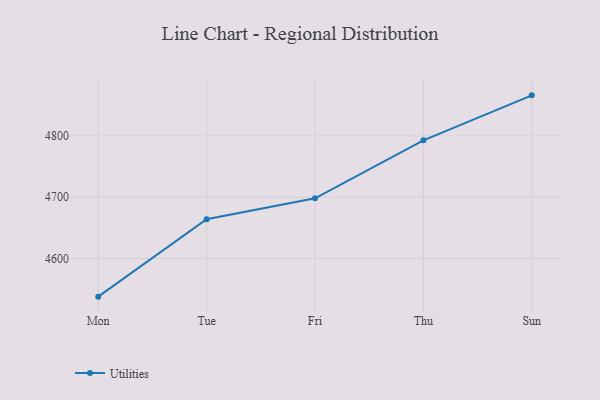
{"axis": {"x": "Day", "y": "Operating Costs (USD K)"}, "legend": ["Utilities"], "data": [{"x": "Mon", "y": 4537.6, "type": "Utilities"}, {"x": "Tue", "y": 4664.0, "type": "Utilities"}, {"x": "Fri", "y": 4698.2, "type": "Utilities"}, {"x": "Thu", "y": 4792.8, "type": "Utilities"}, {"x": "Sun", "y": 4866.2, "type": "Utilities"}]}